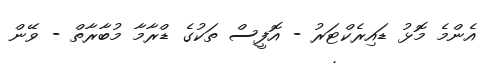
އެންމެ މޮޅު ޑައިރެކްޓަރު - އޮފީސް ތަކުގެ ޑްރާމާ މުބާރާތް - ވޭން